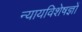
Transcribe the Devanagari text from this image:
न्यायविशेषज्ञों